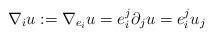
LaTeX: \begin{align*}\nabla_i u:=\nabla_{e_i}u= e_i^j \partial_ju=e_i^ju_j\end{align*}